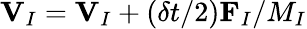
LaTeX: {\mathbf V}_{I}={\mathbf V}_{I}+(\delta t/2){\mathbf F}_{I}/M_{I}